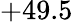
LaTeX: +49.5